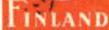
FINLAND